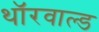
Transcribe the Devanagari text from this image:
थॉरवाल्ड